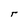
Character: r